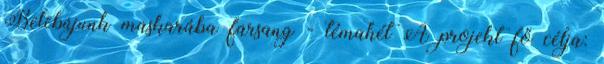
Belebújunk maskarába farsang - témahét A projekt fő célja: